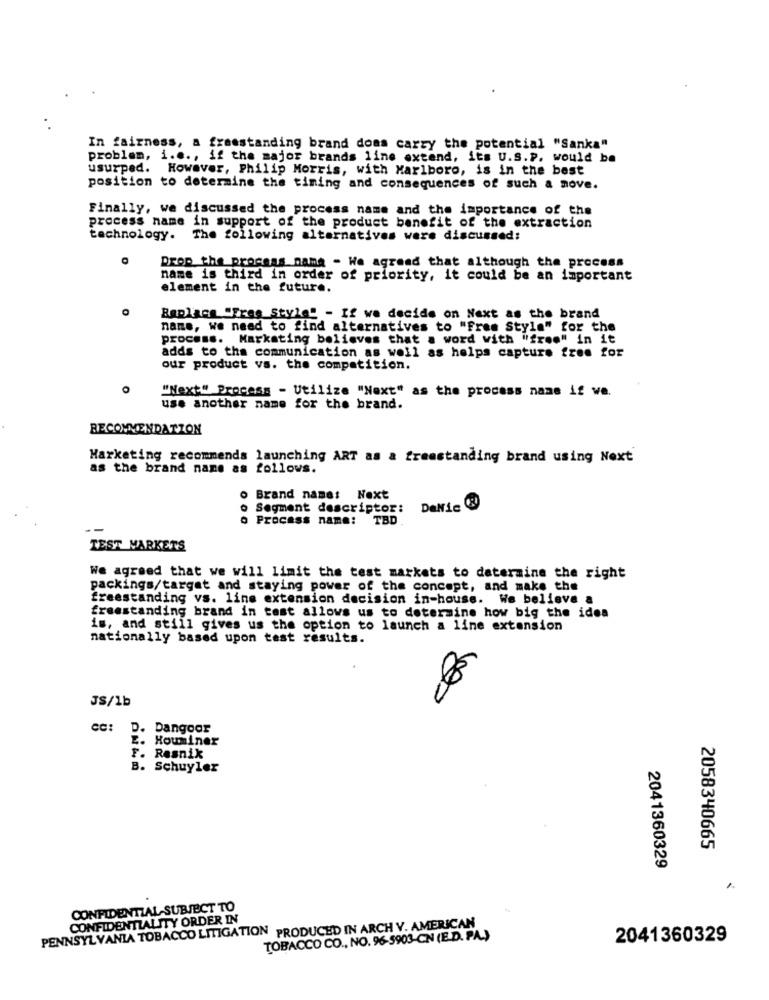
In fairness, a freestanding brand doas carry the potential "Sanka"
problem, i.e ., if the major brands line extend, its U.S.P. would be
usurped. However, Philip Morris, with Marlboro, is in the best
position to determine the timing and consequences of such a move.
Finally, we discussed the process name and the importance of the
process name in support of the product benefit of the extraction
technology. The following alternatives were discussed:
Drop the process name - We agreed that although the process
name is third in order of priority, it could be an important
element in the future.
Replace "Free Style" - If we decide on Next as the brand
name, we need to find alternatives to "Free Style" for the
process. Marketing believes that a word with "from" in it
adds to the communication as well as helps capture free for
our product vs. the competition.
O
"Next" Process - Utilize "Next" as the process name if we.
use another name for the brand.
RECOMMENDATION
Marketing recommends launching ART as & freestanding brand using Next
as the brand name as follows.
Brand name: Next
Segment descriptor:
DaNie
Process name: TBD
TEST MARKETS
We agreed that we will limit the test markets to determine the right
packings/target and staying power of the concept, and make the
freestanding vs. line extension decision in-house. We believe a
freestanding brand in tost allows us to determine how big the idea
is, and still gives us the option to launch a line extension
nationally based upon test results.
JS/1b
cc: D. Dangoor
E. Houminer
F. Resnik
B. Schuyler
2058340665
2041360329
CONFIDENTIAL SUBJECT TO
CONFIDENTIALITY ORDER IN
PENNSYLVANIA TOBACCO LITIGATION PRODUCED IN ARCH V. AMERICAN
TOBACCO CO ., NO. 96-5903-CN (E.D. P.A.)
2041360329